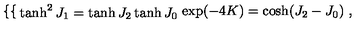
\left\{ \begin{cases} { \tanh ^ { 2 } J _ { 1 } = \tanh J _ { 2 } \tanh J _ { 0 } } \\ { \exp ( - 4 K ) = \cosh ( J _ { 2 } - J _ { 0 } ) } \\ \end{cases} \right. ,